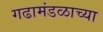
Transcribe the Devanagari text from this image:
गढामंडळाच्या